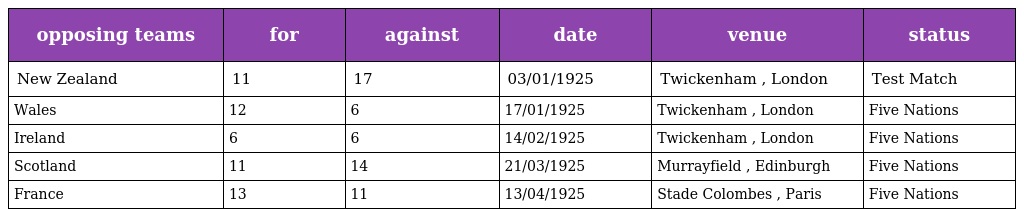
| opposing teams | for | against | date | venue | status |
 | --- | --- | --- | --- | --- | --- |
 | New Zealand | 11 | 17 | 03/01/1925 | Twickenham , London | Test Match |
 | Wales | 12 | 6 | 17/01/1925 | Twickenham , London | Five Nations |
 | Ireland | 6 | 6 | 14/02/1925 | Twickenham , London | Five Nations |
 | Scotland | 11 | 14 | 21/03/1925 | Murrayfield , Edinburgh | Five Nations |
 | France | 13 | 11 | 13/04/1925 | Stade Colombes , Paris | Five Nations |